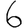
Digit: 6